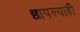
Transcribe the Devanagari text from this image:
छापल्याही